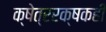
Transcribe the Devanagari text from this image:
क्षेत्ररक्षकही